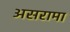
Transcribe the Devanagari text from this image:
असरामा